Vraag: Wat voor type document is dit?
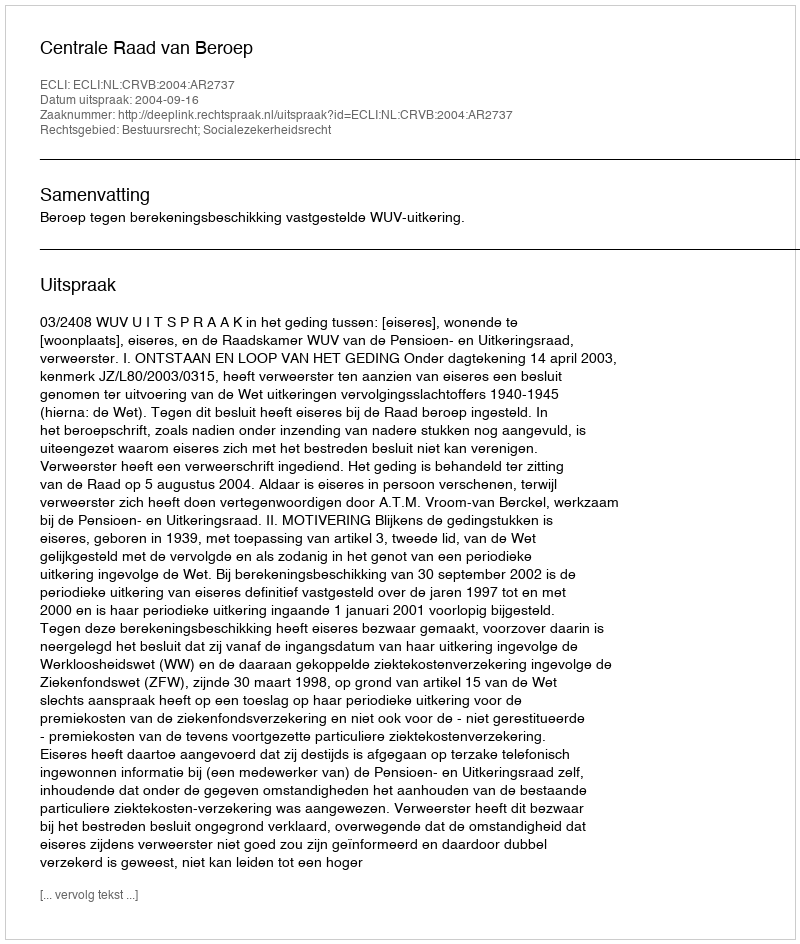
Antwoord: Uitspraak